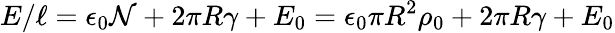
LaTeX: E/\ell=\epsilon_{0}{\cal N}+2\pi R\gamma+E_{0}=\epsilon_{0}\pi R^{2}\rho_{0}+2\pi R\gamma+E_{0}